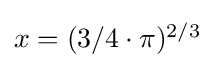
{\textstyle x=(3/4\cdot \pi )^{2/3}}